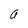
Character: a